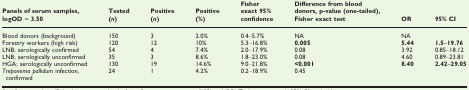
| Panels of serum samples, logOD = 3.50 | Tested (n) | Positive (n) | Positive (%) | Fisher exact 95% confidence | Difference from blood donors, p-value (one-tailed), Fisher exact test | OR | 95% CI |
 | --- | --- | --- | --- | --- | --- | --- | --- |
 | Blood donors (background) | 150 | 3 | 2.0% | 0.4–5.7% | NA | NA |  |
 | Forestry workers (high risk) | 120 | 12 | 10% | 5.3–16.8% | 0.005 | 5.44 | 1.5–19.76 |
 | LNB; serologically confirmed | 54 | 4 | 7.4% | 2.0–17.9% | 0.08 | 3.92 | 0.85–18.12 |
 | LNB; serologically unconfirmed | 35 | 3 | 8.6% | 1.8–23.0% | 0.08 | 4.60 | 0.89–23.81 |
 | HGA; serologically unconfirmed | 130 | 19 | 14.6% | 9.0–21.8% | <0.001 | 8.40 | 2.42–29.05 |
 | Treponema pallidum infection, confirmed | 24 | 1 | 4.2% | 0.2–18.9% | 0.45 |  |  |